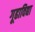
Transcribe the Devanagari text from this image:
गूढाविद्या